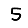
Digit: 5